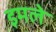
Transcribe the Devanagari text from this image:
इमले